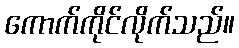
ကောက်ကိုင်လိုက်သည်။